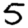
Digit: 5